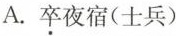
A.卒夜宿(士兵)